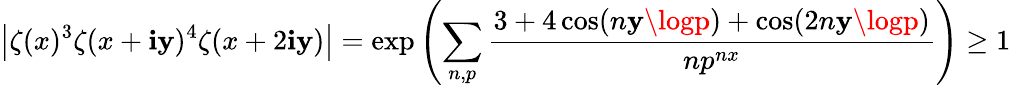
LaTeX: \left|\zeta(x)^{3}\zeta(x+\mathbf{i}\mathbf{y})^{4}\zeta(x+2\mathbf{i}\mathbf{y})\right|=\exp\left(\sum_{n,p}{\frac{{3+4\cos(n\mathbf{y}\logp)+\cos(2n\mathbf{y}\logp)}}{{np^{nx}}}}\right)\geq1